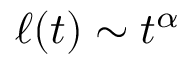
\ell ( t ) \sim t ^ { \alpha }